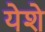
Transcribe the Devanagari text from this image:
येशे